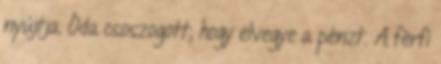
nyújtja. Óda csoszogott, hogy elvegye a pénzt. A férfi